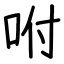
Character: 咐